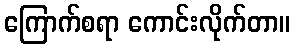
ကြောက်စရာ ကောင်းလိုက်တာ။